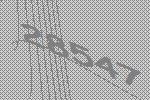
28547